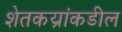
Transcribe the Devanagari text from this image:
शेतकय्रांकडील